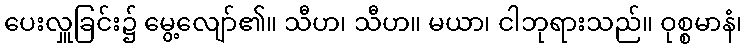
ပေးလှူခြင်း၌ မွေ့လျော်၏။ သီဟ၊ သီဟ။ မယာ၊ ငါဘုရားသည်။ ဝုစ္စမာနံ၊